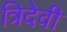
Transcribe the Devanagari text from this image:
त्रिदेवी